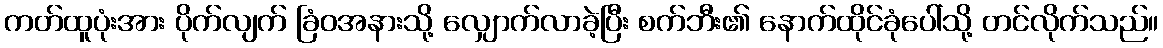
ကတ်ထူပုံးအား ပိုက်လျက် ခြံဝအနားသို့ လျှောက်လာခဲ့ပြီး စက်ဘီး၏ နောက်ထိုင်ခုံပေါ်သို့ တင်လိုက်သည်။